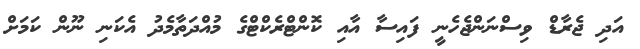
އަދި ޖެރާޑް ވިސްނަންޖެހެނީ ފައިސާ އާއި ކޮންޓްރެކްޓްގެ މުއްދަތާމެދު އެކަނި ނޫން ކަމަށް